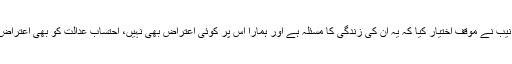
جس پر اسیکیوٹر نیب نے مؤقف اختیار کیا کہ یہ ان کی زندگی کا مسئلہ ہے اور ہمارا اس پر کوئی اعتراض بھی نہیں، احتساب عدالت کو بھی اعتراض نہیں ہونا چاہیے۔